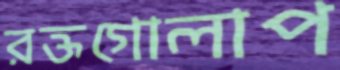
রক্তগোলাপ